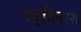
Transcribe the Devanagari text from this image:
स्मृतिनाश